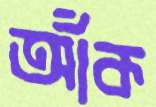
আঁক